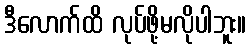
ဒီလောက်ထိ လုပ်ဖို့မလိုပါဘူး။